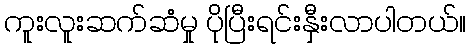
ကူးလူးဆက်ဆံမှု ပိုပြီးရင်းနှီးလာပါတယ်။